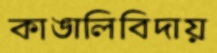
কাঙালিবিদায়